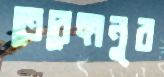
তেরেঙ্গানুর